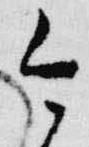
今